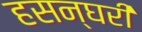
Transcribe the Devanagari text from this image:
हसन्घरी